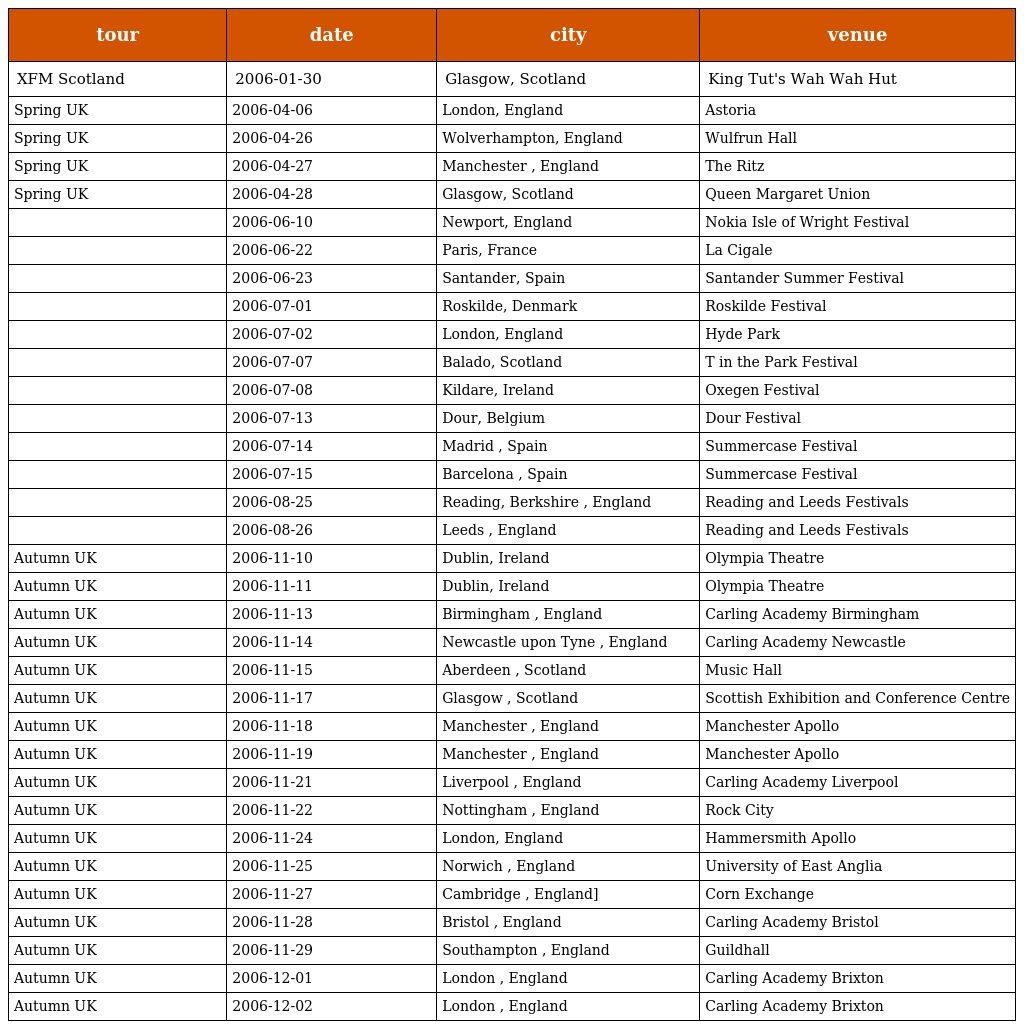
| tour | date | city | venue |
 | --- | --- | --- | --- |
 | XFM Scotland | 2006-01-30 | Glasgow, Scotland | King Tut's Wah Wah Hut |
 | Spring UK | 2006-04-06 | London, England | Astoria |
 | Spring UK | 2006-04-26 | Wolverhampton, England | Wulfrun Hall |
 | Spring UK | 2006-04-27 | Manchester , England | The Ritz |
 | Spring UK | 2006-04-28 | Glasgow, Scotland | Queen Margaret Union |
 |  | 2006-06-10 | Newport, England | Nokia Isle of Wright Festival |
 |  | 2006-06-22 | Paris, France | La Cigale |
 |  | 2006-06-23 | Santander, Spain | Santander Summer Festival |
 |  | 2006-07-01 | Roskilde, Denmark | Roskilde Festival |
 |  | 2006-07-02 | London, England | Hyde Park |
 |  | 2006-07-07 | Balado, Scotland | T in the Park Festival |
 |  | 2006-07-08 | Kildare, Ireland | Oxegen Festival |
 |  | 2006-07-13 | Dour, Belgium | Dour Festival |
 |  | 2006-07-14 | Madrid , Spain | Summercase Festival |
 |  | 2006-07-15 | Barcelona , Spain | Summercase Festival |
 |  | 2006-08-25 | Reading, Berkshire , England | Reading and Leeds Festivals |
 |  | 2006-08-26 | Leeds , England | Reading and Leeds Festivals |
 | Autumn UK | 2006-11-10 | Dublin, Ireland | Olympia Theatre |
 | Autumn UK | 2006-11-11 | Dublin, Ireland | Olympia Theatre |
 | Autumn UK | 2006-11-13 | Birmingham , England | Carling Academy Birmingham |
 | Autumn UK | 2006-11-14 | Newcastle upon Tyne , England | Carling Academy Newcastle |
 | Autumn UK | 2006-11-15 | Aberdeen , Scotland | Music Hall |
 | Autumn UK | 2006-11-17 | Glasgow , Scotland | Scottish Exhibition and Conference Centre |
 | Autumn UK | 2006-11-18 | Manchester , England | Manchester Apollo |
 | Autumn UK | 2006-11-19 | Manchester , England | Manchester Apollo |
 | Autumn UK | 2006-11-21 | Liverpool , England | Carling Academy Liverpool |
 | Autumn UK | 2006-11-22 | Nottingham , England | Rock City |
 | Autumn UK | 2006-11-24 | London, England | Hammersmith Apollo |
 | Autumn UK | 2006-11-25 | Norwich , England | University of East Anglia |
 | Autumn UK | 2006-11-27 | Cambridge , England] | Corn Exchange |
 | Autumn UK | 2006-11-28 | Bristol , England | Carling Academy Bristol |
 | Autumn UK | 2006-11-29 | Southampton , England | Guildhall |
 | Autumn UK | 2006-12-01 | London , England | Carling Academy Brixton |
 | Autumn UK | 2006-12-02 | London , England | Carling Academy Brixton |